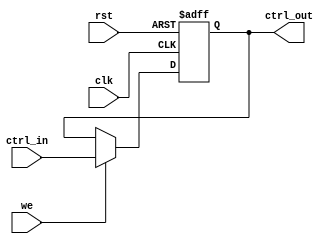
module ControlRegister #(
    parameter N = 8 // Parameter for the size of the control register
)(
    input wire clk,                // Clock signal
    input wire rst,                // Asynchronous reset signal
    input wire [N-1:0] ctrl_in,    // Control input
    input wire we,                 // Write enable signal
    output reg [N-1:0] ctrl_out    // Control output
);

    // Asynchronous reset and synchronous write operation
    always @(posedge clk or posedge rst) begin
        if (rst) begin
            ctrl_out <= {N{1'b0}}; // Reset control register to predefined state (zeros)
        end else if (we) begin
            ctrl_out <= ctrl_in;   // Update register if write enable is high
        end
        // If we is low, retain previous value (no action needed)
    end

endmodule